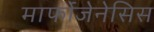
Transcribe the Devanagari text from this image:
मार्फोजेनेसिस